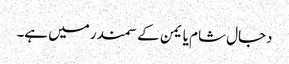
دجال شام یا یمن کے سمندر میں ہے۔